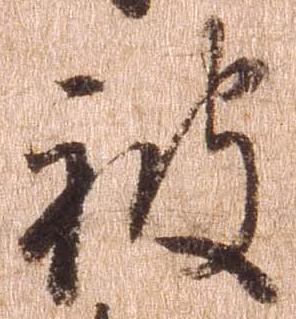
被